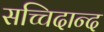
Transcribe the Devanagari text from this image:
सच्चिदान्द